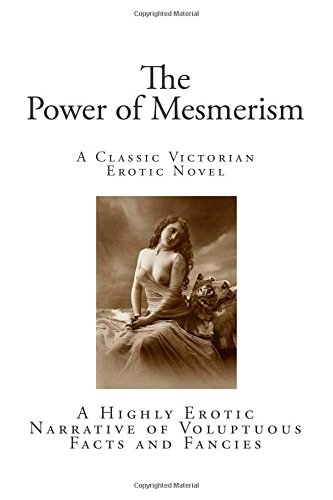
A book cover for The Power of Mesmerism: A Highly Erotic Narrative of Voluptuous Facts and Fancies; Anonymous; Romance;